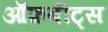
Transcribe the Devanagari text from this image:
ऑफ़बीट्स